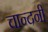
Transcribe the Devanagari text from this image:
चान्दनी